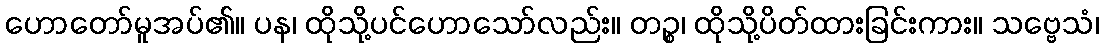
ဟောတော်မူအပ်၏။ ပန၊ ထိုသို့ပင်ဟောသော်လည်း။ တဉ္စ၊ ထိုသို့ပိတ်ထားခြင်းကား။ သဗ္ဗေသံ၊